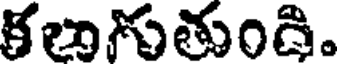
కలుగుతుంది.